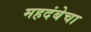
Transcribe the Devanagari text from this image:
महदंबेचा